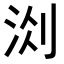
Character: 𭰐